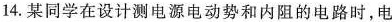
14.某同学在设计测电源电动势和内阻的电路时，电